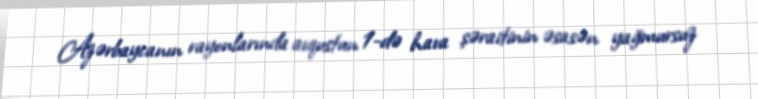
Azərbaycanın rayonlarında avqustun 1-də hava şəraitinin əsasən yağmursuz